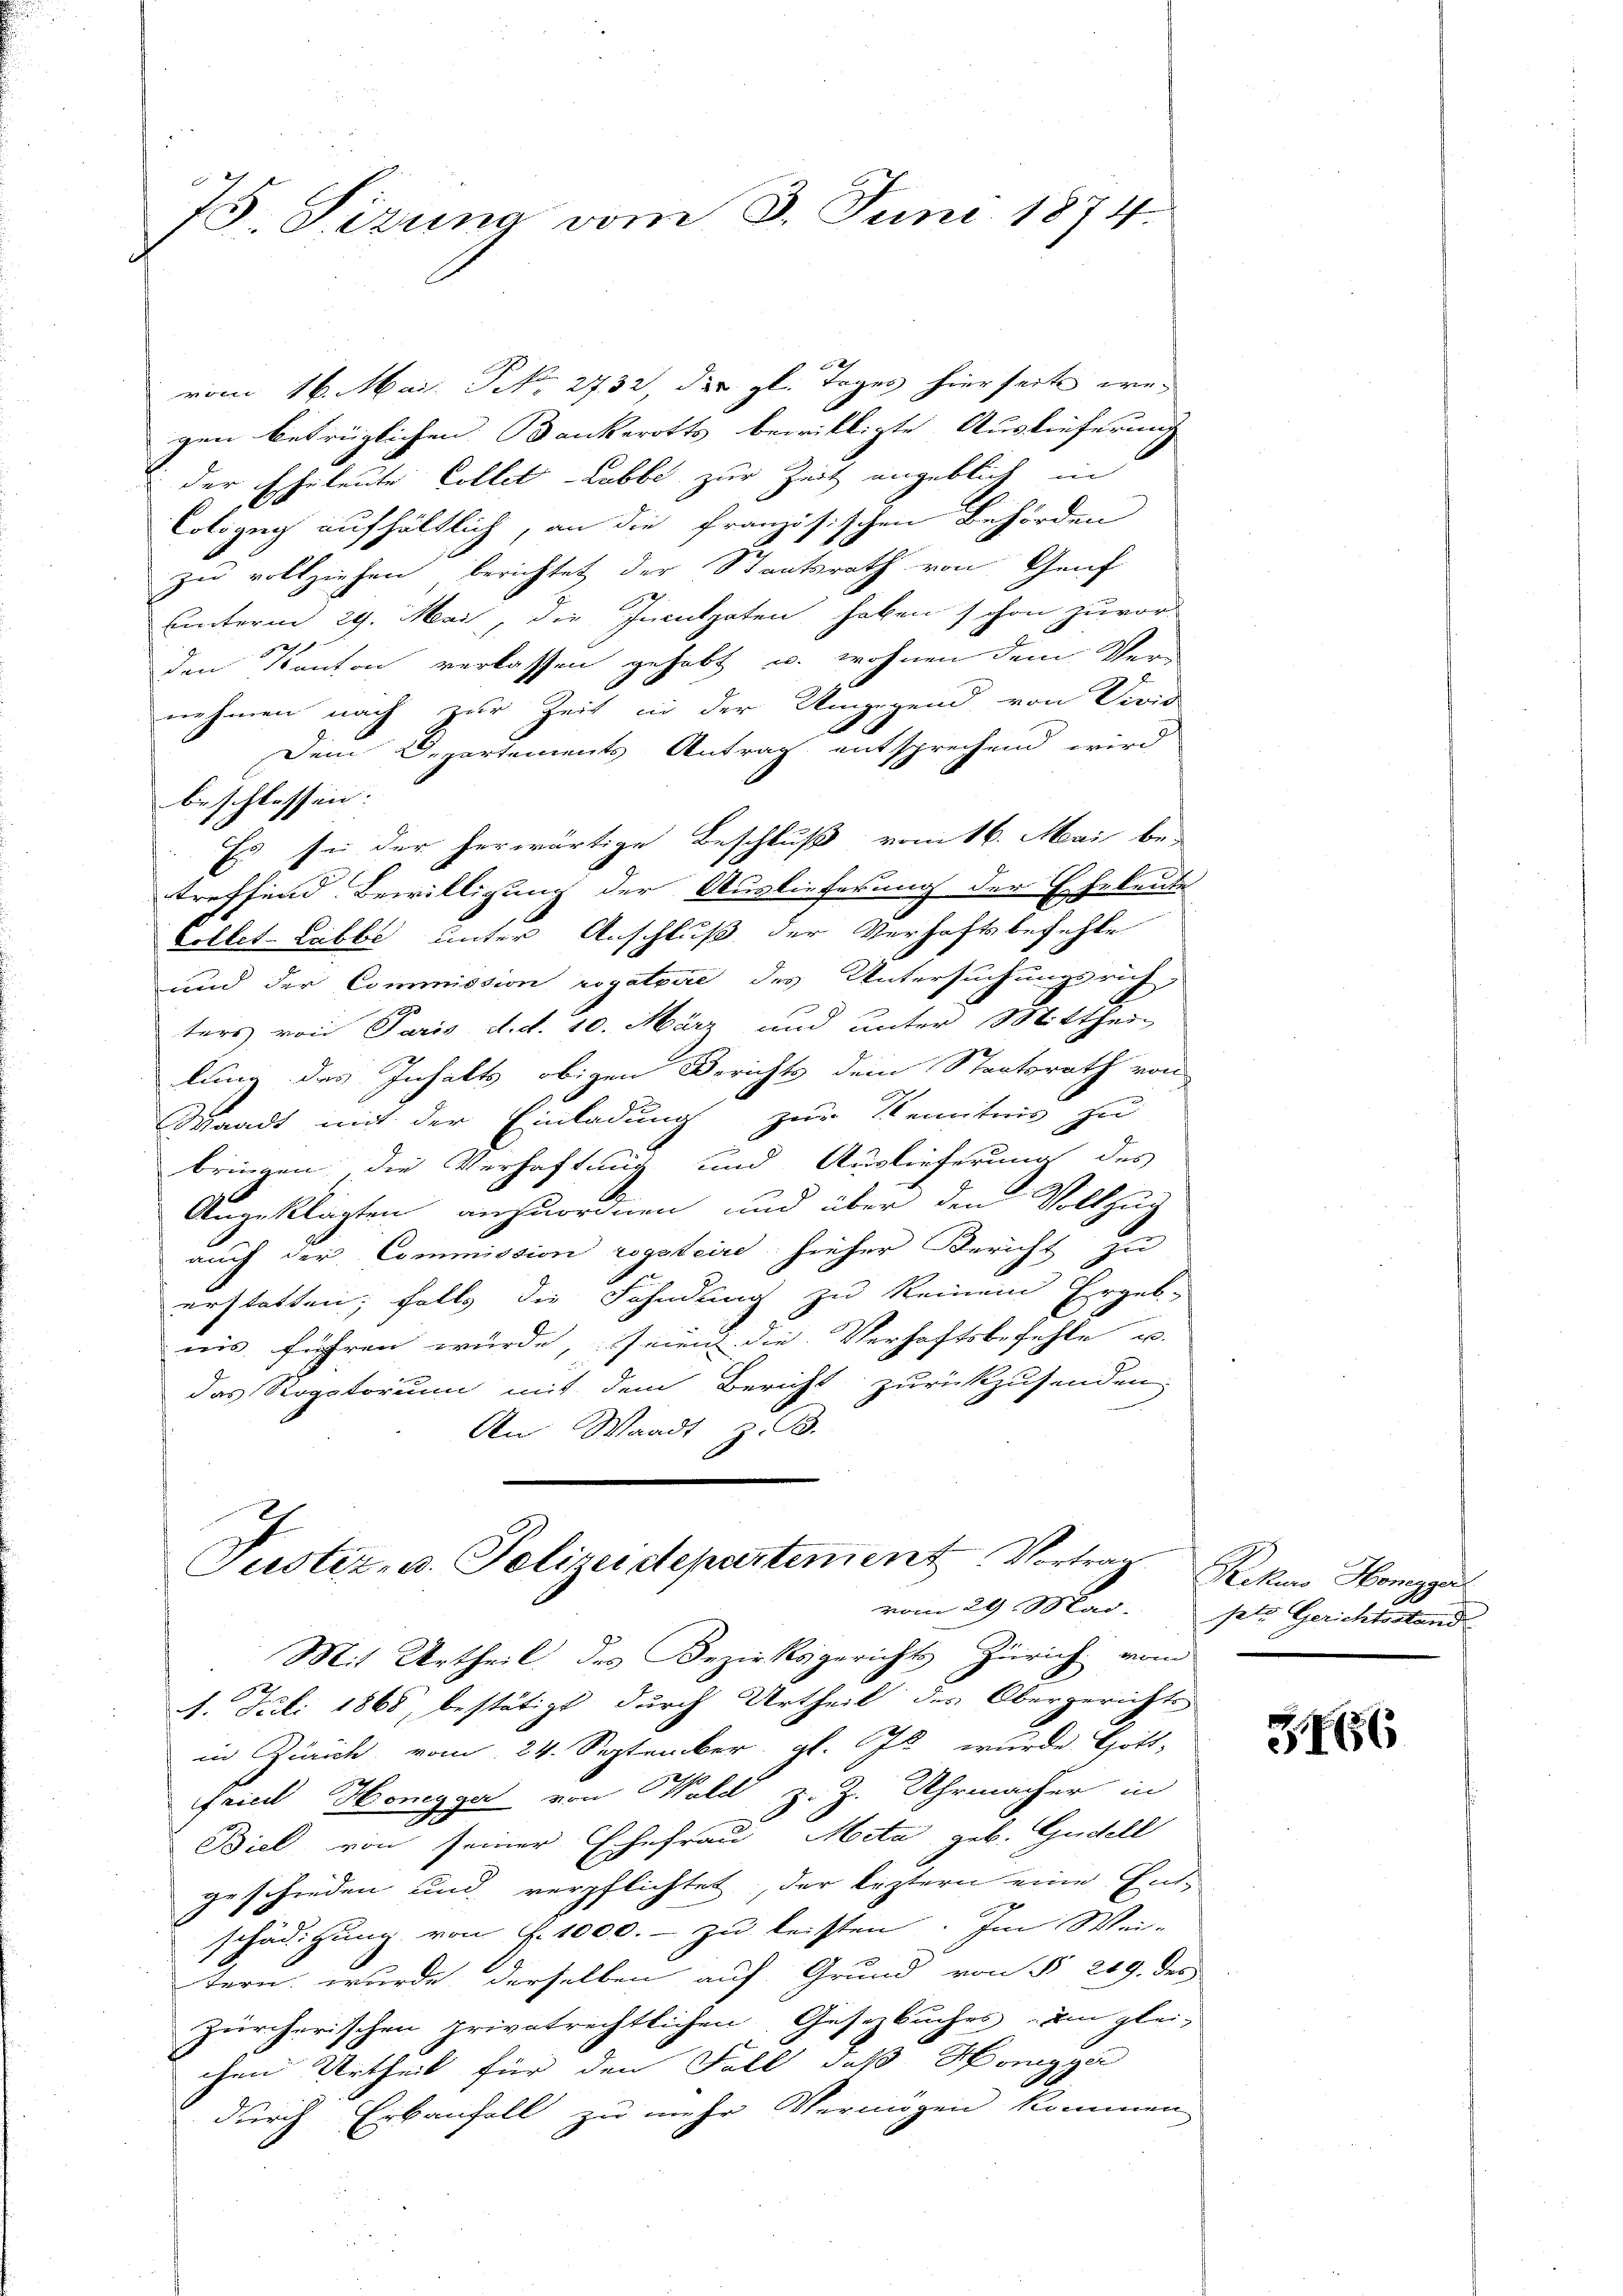
75. Sizung vom 3. Juni 1874

vom 16. Mai. S. 2732 der gl. Tages hierseite weg
gen betrüglichen Dankerotts bewilligte Auslieferung
der Eheleute Collet Lubbe zur Zeit angeblich in
Colzug aufhältlich, an die französischen Behörden
zu vollziehen, berichtet der Staatsrath von Genf
unterm 29. Mai, die Inculpaten haben schon zuvor-
den Kanton verlassen gehabt u. wohnen dem Ver-
nehmen nach zur Zeit in der Umgegend von Divis
b
Dem Departements Antrag entsprechend wird
beschlossen:
Es sie der herwärtige Beschluß vom 16. Mai be-
treffend Bewilligung der Auslieferung der Eheleute
Collet-Labbe unter Anschluß der Verhaftsbefehle
und der Commission rogatoire des Untersuchungsrich,
ters von Paris d. d. 10. März und unter Mittheil
lung des Inhalts obigen Berichts dem Staatsrath von
Waadt mit der Einladung zur Kenntnis zu
bringen, die Verhaftung und Auslieferung des
Angeklagten anzuordnen, und über den Vollzug
auch der Commission regsteire hieher Bericht zu
erstatten; falls die Fahndung zu keinem Ergeb-
iis führen würde, seien die Verhaftsbefehle u.
das Rogatorium mit dem Bericht zurückzusenden,
An Waadt z. B.
Justiz- u. Polizeidepartement Vortrag
vom 29 Mai. pto Gerichtsstand
Mit Urtheil des Bezirksgerichts Zürich vom
4. Juli 1868, bestätigt durch Urtheil des Obergerichts
in Zürich vom 24. September gl. Js. wurde Gott-
fried Honegger von Wald, z. Z. Uhrmacher in
a
Biel von seiner Ehefrau Mita geb. Gudell
geschieden und verpflichtet, der leztern eine End-
schädigung von f. 1000.- zu leisten. Im Wei-
tern wurde derselben auf Grund von § 219. des
zürcherischen privatrechtlichen Gesetzbuches im glei-
chen Urtheil für den Fall, daß Honigger
durch Erbanfall zu mehr Vermögen kommen

Rekurs Honegge

3466